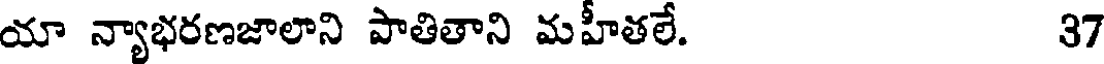
యా న్యాభరణజాలాని పాతితాని మహీతలే. 37